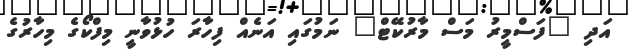
އަދި "ފަސްމީރު މަސް މާރުކޭޓް" ނަމުގައި އަނެއް ފިހާރަ ހުޅުވާނީ މިފްކޯގެ މިހާރުގެ